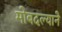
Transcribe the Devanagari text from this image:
मोबदल्याने